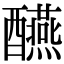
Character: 醼